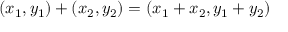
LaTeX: ( x _ { 1 } , y _ { 1 } ) + ( x _ { 2 } , y _ { 2 } ) = ( x _ { 1 } + x _ { 2 } , y _ { 1 } + y _ { 2 } )